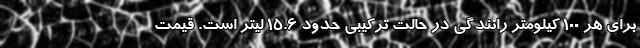
برای هر 100 کیلومتر رانندگی در حالت ترکیبی حدود 15.6 لیتر است. قیمت